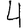
Digit: 4